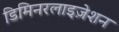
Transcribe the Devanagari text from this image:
डिमिनरलाइज़ेशन